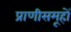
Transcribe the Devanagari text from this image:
प्राणीसमूहों